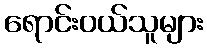
ရောင်းဝယ်သူများ